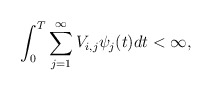
\begin{align*}\int_{0}^{T}\sum_{j=1}^{\infty}V_{i,j}\psi_j(t)dt <\infty,\end{align*}